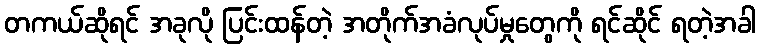
တကယ်ဆိုရင် အခုလို ပြင်းထန်တဲ့ အတိုက်အခံလုပ်မှုတွေကို ရင်ဆိုင် ရတဲ့အခါ